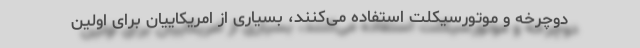
دوچرخه و موتورسیکلت استفاده می‌کنند، بسیاری از امریکاییان برای اولین